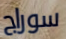
سوراج